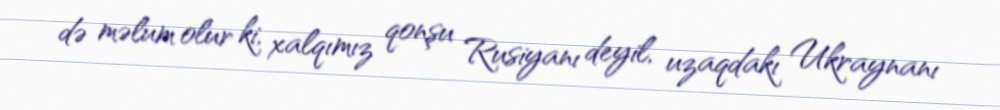
də məlum olur ki, xalqımız qonşu Rusiyanı deyil, uzaqdakı Ukraynanı